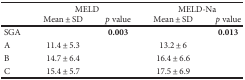
<table><thead><tr><td rowspan="2"></td><td colspan="2"><b>MELD</b></td><td colspan="2"><b>MELD-Na</b></td></tr><tr><td><b>Mean ± SD</b></td><td><b><i>p</i> value</b></td><td><b>Mean ± SD</b></td><td><b><i>p</i> value</b></td></tr></thead><tbody><tr><td>SGA</td><td></td><td><b>0.003</b></td><td></td><td><b>0.013</b></td></tr><tr><td>A</td><td>11.4 ± 5.3</td><td></td><td>13.2 ± 6</td><td></td></tr><tr><td>B</td><td>14.7 ± 6.4</td><td></td><td>16.4 ± 6.6</td><td></td></tr><tr><td>C</td><td>15.4 ± 5.7</td><td></td><td>17.5 ± 6.9</td><td></td></tr></tbody></table>